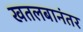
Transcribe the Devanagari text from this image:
खतलबानंतर